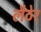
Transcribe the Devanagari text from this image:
लैठेर